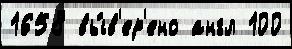
1658 вы́в'ер'ено англ 100